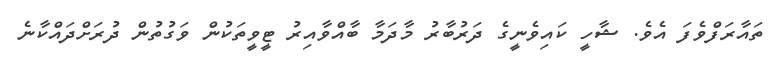
ތައާރަފްވެފަ އެވެ. ޝާހީ ކައިވެނީގެ ދަރުބާރު މާދަމާ ބާއްވާއިރު ޓީވީތަކުން ވަގުތުން ދުރަށްދައްކާނެ